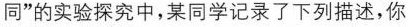
同”的实验探究中，某同学记录了下列描述，你